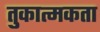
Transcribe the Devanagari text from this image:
तुकात्मकता